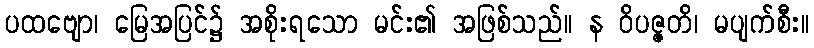
ပထဗျော၊ မြေအပြင်၌ အစိုးရသော မင်း၏ အဖြစ်သည်။ န ဝိပဇ္ဇတိ၊ မပျက်စီး။